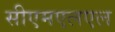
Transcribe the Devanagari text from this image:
सीएमएलएल